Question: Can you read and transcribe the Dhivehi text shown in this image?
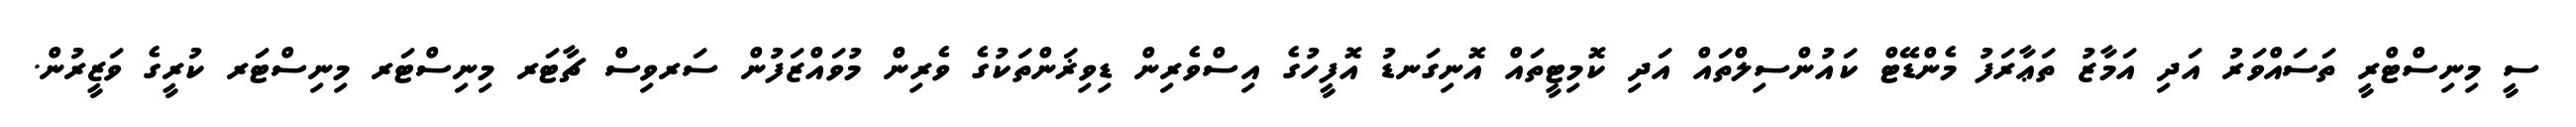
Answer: ސީ މިނިސްޓްރީ ތަސައްވަރު އަދި އަމާޒު ތަޢާރަފު މެންޑޭޓް ކައުންސިލްތައް އަދި ކޮމިޓީތައް އޮނިގަނޑު އޮފީހުގެ އިސްވެރިން ޑިވިޜަންތަކުގެ ވެރިން މުވައްޒަފުން ސަރވިސް ޗާޓަރ މިނިސްޓަރ މިނިސްޓަރ ކުރީގެ ވަޒީރުން.